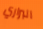
البراري